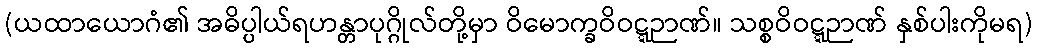
(ယထာယောဂံ၏ အဓိပ္ပါယ်ရဟန္တာပုဂ္ဂိုလ်တို့မှာ ဝိမောက္ခဝိဝဋ္ဋဉာဏ်။ သစ္စဝိဝဋ္ဋဉာဏ် နှစ်ပါးကိုမရ)